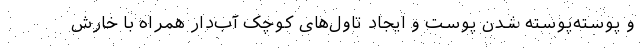
و پوسته‌پوسته شدن پوست و ایجاد تاول‌های کوچک آب‌دار همراه با خارش